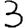
Digit: 3